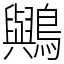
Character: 𪇬